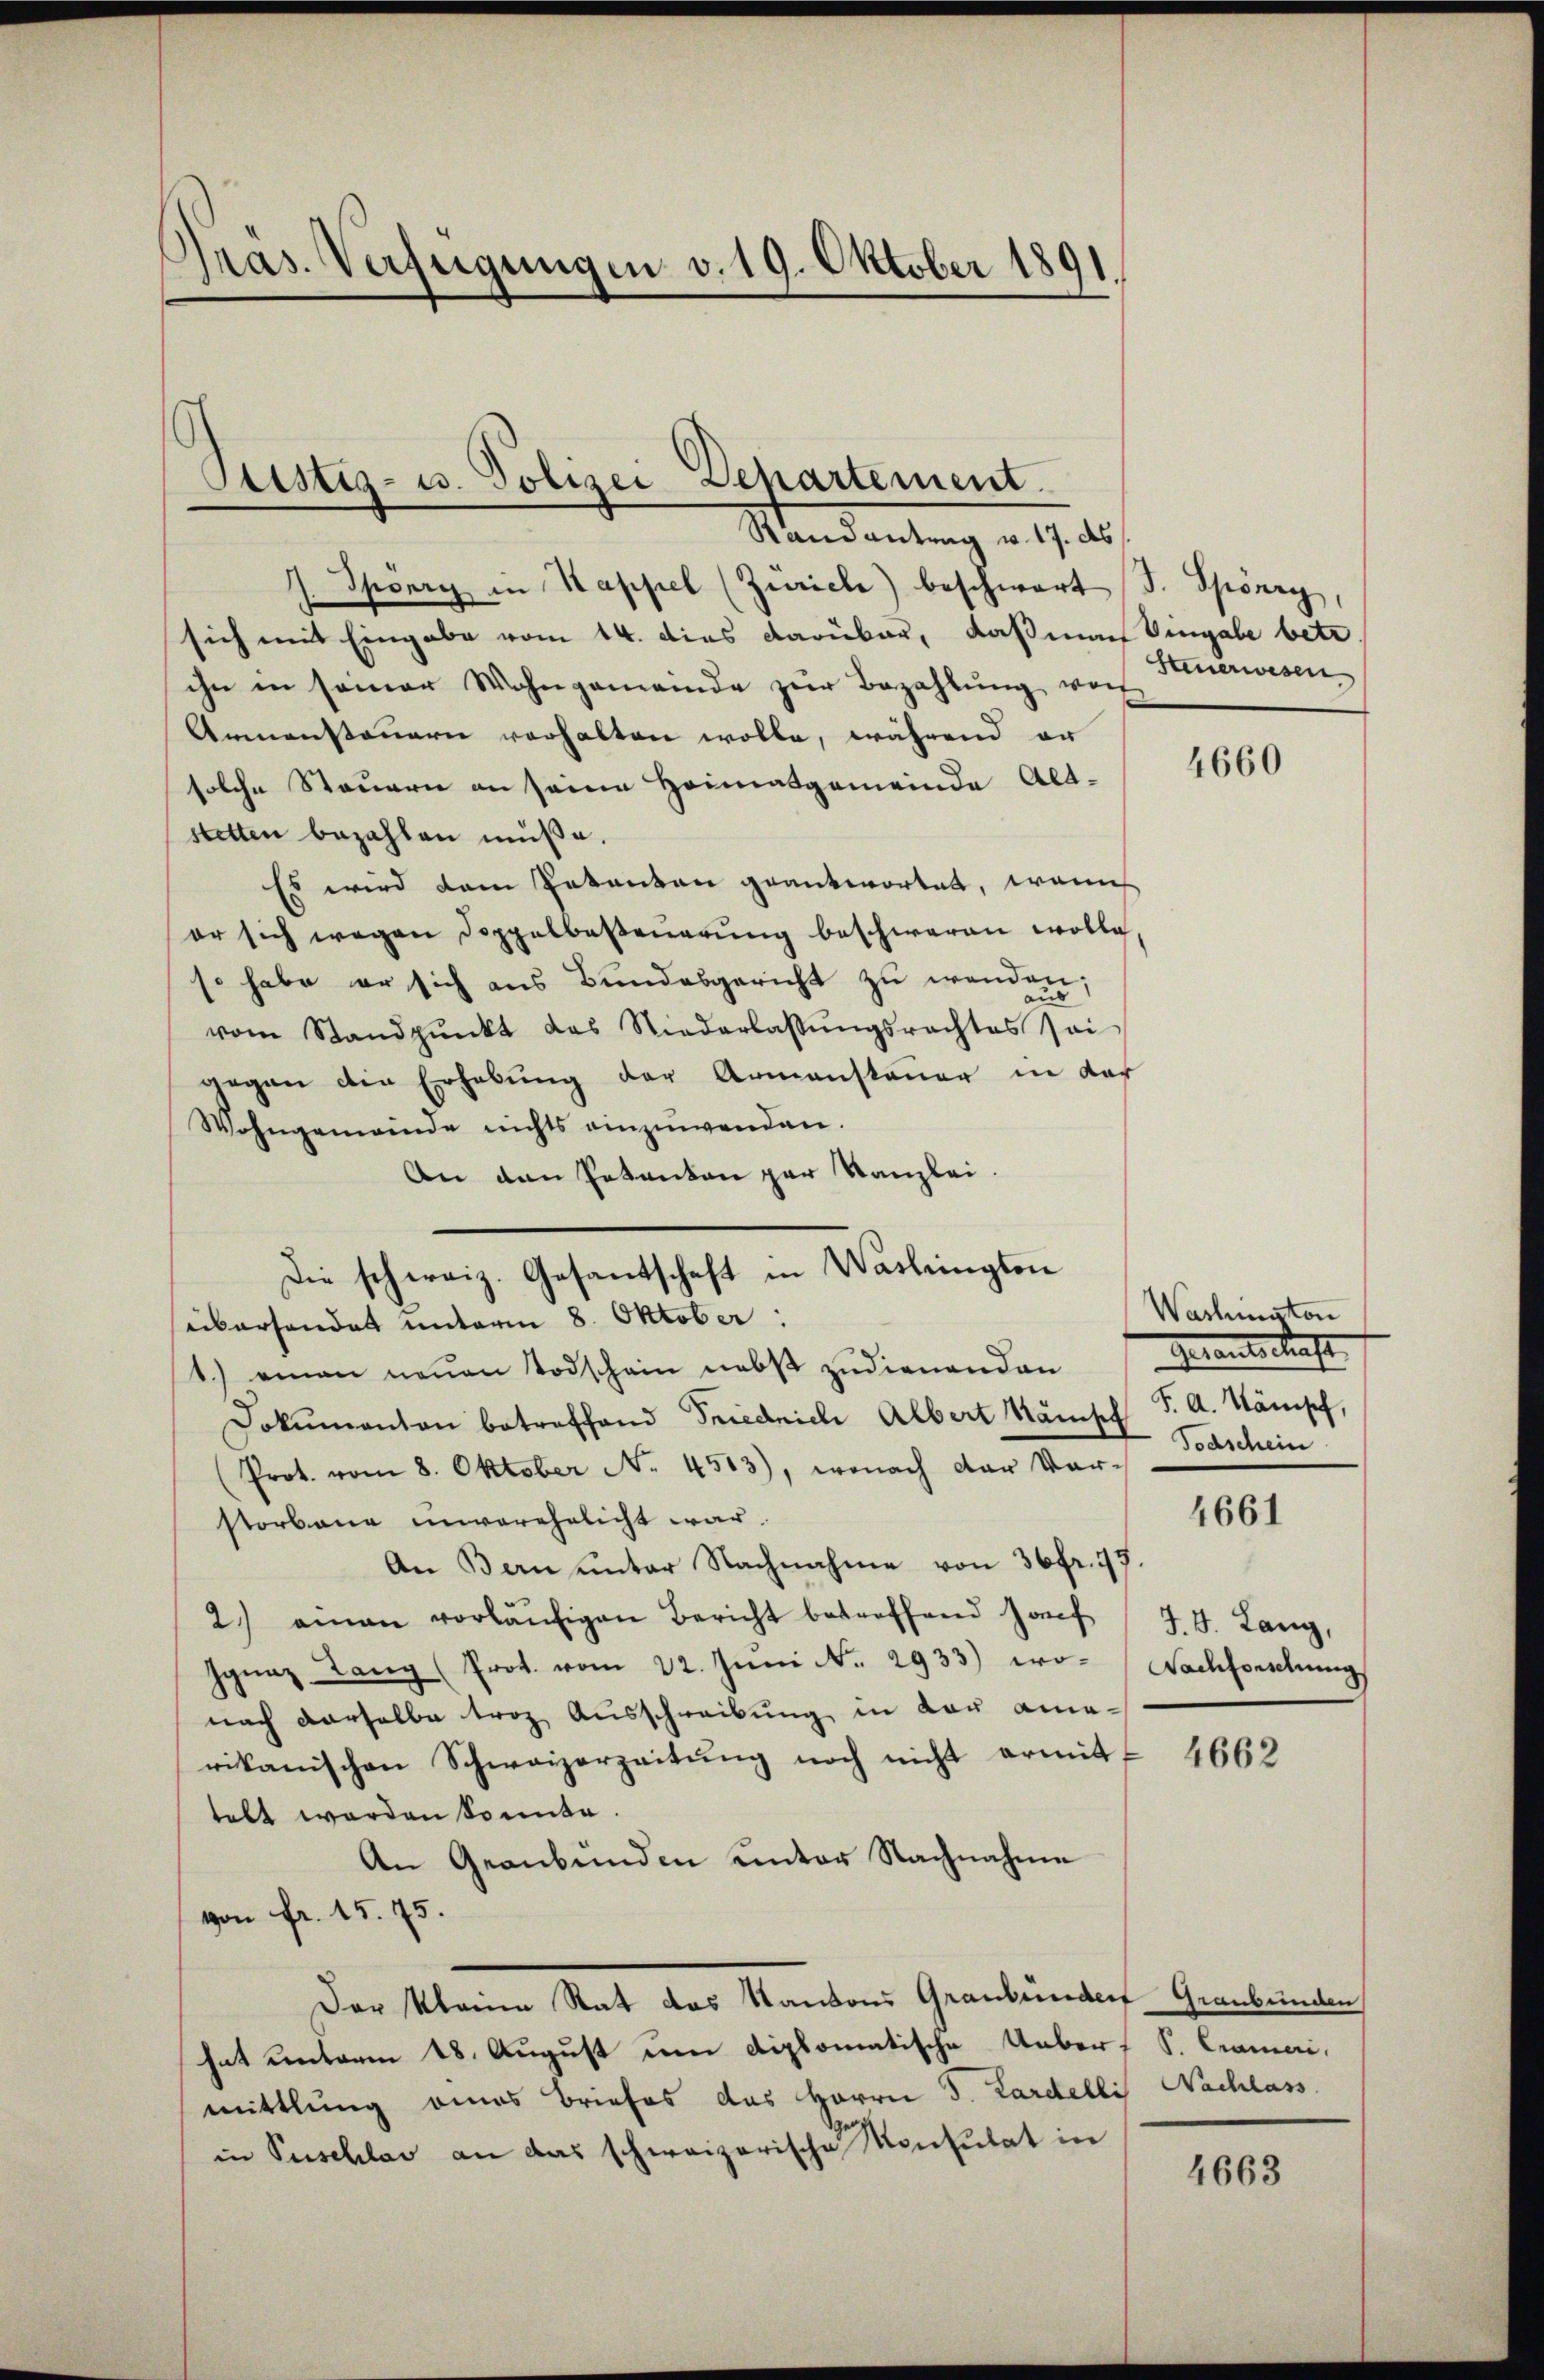
pras. Verfügungen v. 19. Oktober 1891

Ptistiz- u. Polizei Departement.

Mandantung v. 9. ds
J. Spönry in Kappel (Zürich) beschwart J. Spörry,
sich mit Eingabe vom 14. dies darüber, daß man eingabe betr.
ihn in seiner Wohngemeinde zŭr Bezahlŭng, woh
Armensteuern verhalten wolle, während er
solche Steuern an seine Heimatgemeinde Alt-
stetten bezahlen müße.
Es wird dem Petenten geantwortet, wenn
er sich wegen Doppelbarenarŭng beschweren wolle,
so habe er sich aus Bundesgericht zu wenden;
vom Standpŭnkt das Niederlassŭngsrechtes sei
gegen die Erhebung der Armensteuer in der
Wohngemeinde nichts einzuwenden.
An den Pakanton par Kanzlei.
Die schweiz. Gesantschaft in Washingten
süberhandet unterm 8. Oktober :
1.) einen neuen Todschein nebst zudienenden
Dokumenton betreffend Friedrich Albert Kämpf
(Prot. vom 8. Oktober No. 4503), wonach der Ver-
storbene unverehelicht war.
An Bern unter Nachnahme von 36 fr. 17
2.) einen vorläŭfigen Bericht betreffend Josef J. J. Lang,
Ignaz Lang (Prot. vom 22. Juni Nr. 2933) wo- Nachforschung
nach derselbe trag Ausschreibung in von amerikanischen Schweizerzeitŭng noch nicht ermit 4662
tebt worden konnte
An Graubünden unter Nachnahme
von fr. 15. 75.
Der Kleine Rat das Kantons Graubünder Graubünden
hat unterm 18. August um diplomatische Uebers S. Crameri,
mittlung eines Briefes das Herrn J. Lardelli Nachlass
in Puschlav an das schweizerische Konsulat in

feuerwesen

4660

Wachmaton
Gerantschaft
J. A. Känisch,
Todschein

4661

4663